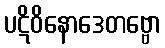
ပဋိဝိနောဒေတဗ္ဗော